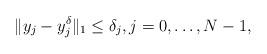
LaTeX: \begin{align*} \|y_j-y_j^{\delta}\|_{1} \le \delta_j , j = 0, \dots, N-1, \end{align*}